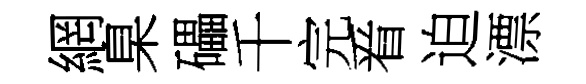
網臬礧千完㸔迫漂